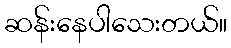
ဆန်းနေပါသေးတယ်။